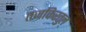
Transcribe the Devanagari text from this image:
तजकिरतुल्